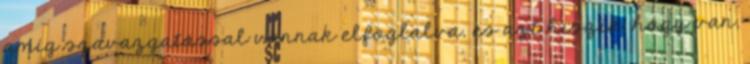
amíg szavazgatással vannak elfoglalva, és azt hiszik, hogy van,